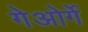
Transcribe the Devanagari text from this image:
गेओर्गे